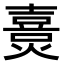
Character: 𤏴